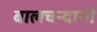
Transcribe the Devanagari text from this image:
बालचन्दानी